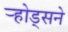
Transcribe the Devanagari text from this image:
र्‍होड्सने